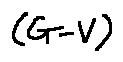
( G - V )